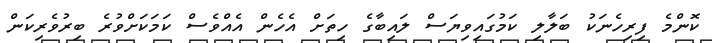
ކޮންމެ ފިރިހެނަކު ބަލާލި ކަމުގައިވިޔަސް ލައިބާގެ ހިތަށް އެހެން އެއްވެސް ކަމަކަށްވުރެ ބިރުވެރިކަން